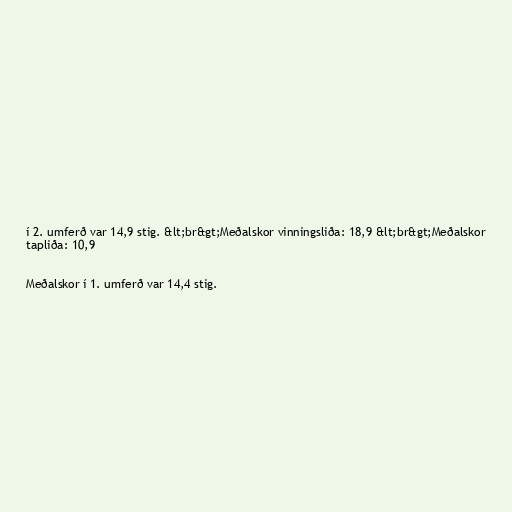
í 2. umferð var 14,9 stig. &lt;br&gt;Meðalskor vinningsliða: 18,9 &lt;br&gt;Meðalskor
tapliða: 10,9

Meðalskor í 1. umferð var 14,4 stig.